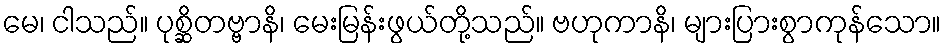
မေ၊ ငါသည်။ ပုစ္ဆိတဗ္ဗာနိ၊ မေးမြန်းဖွယ်တို့သည်။ ဗဟုကာနိ၊ များပြားစွာကုန်သော။